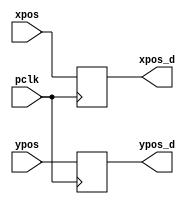
`timescale 1ns / 1ps
//////////////////////////////////////////////////////////////////////////////////
// Company: 
// Engineer: 
// 
// Design Name: 
// Module Name: Delay
// Project Name: 
// Target Devices: 
// Tool Versions: 
// Description: 
// 
// Dependencies: 
// 
// Revision:
// Revision 0.01 - File Created
// Additional Comments:
// 
//////////////////////////////////////////////////////////////////////////////////


module my_delay(
    input wire pclk,
    input wire [11:0] xpos, ypos,
    
    output reg [11:0] xpos_d, ypos_d
    );
    
    always @(posedge pclk)
        begin
            xpos_d <= xpos;
            ypos_d <= ypos;
        end
endmodule